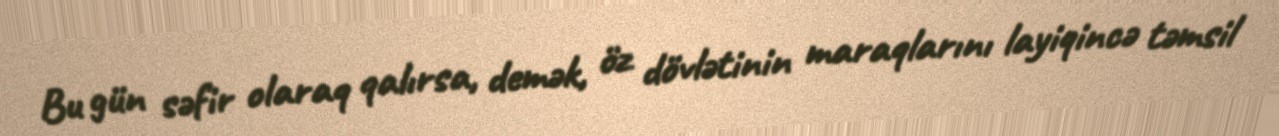
Bu gün səfir olaraq qalırsa, demək, öz dövlətinin maraqlarını layiqincə təmsil